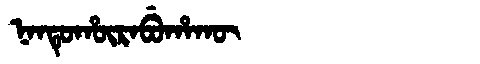
Manchu: ᠨᠠᠨᡨᡠᡥᡡᡵᠠᠪᡠᡥᠠᡴᡡ
Romanization: NANTUHŪRABUHAKŪ